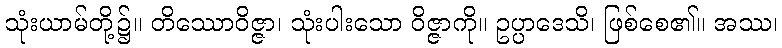
သုံးယာမ်တို့၌။ တိဿောဝိဇ္ဇာ၊ သုံးပါးသော ဝိဇ္ဇာကို။ ဥပ္ပာဒေသိ၊ ဖြစ်စေ၏။ အဿ၊